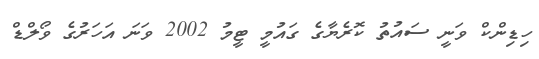
ހިޑިންކް ވަނީ ސައުތު ކޮރެޔާގެ ގައުމީ ޓީމު 2002 ވަނަ އަހަރުގެ ވޯލްޑް